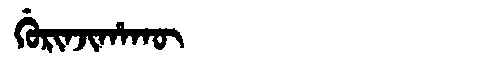
Manchu: ᡤᡠᡵᡳᠨᠵᡳᡥᠠᡴᡡ
Romanization: GURINJIHAKŪ